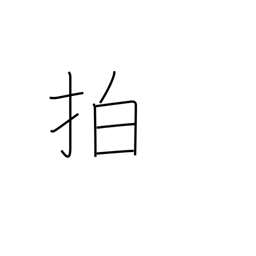
Meaning: clap